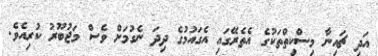
އަދި ޗައިނާ މިސްކިތްތަކުގެ އެތެރޭގައި އެގައުމުގެ ދިދަ ނެގުމަށް ވެސް މަޖުބޫރު ކުރިއެވެ.